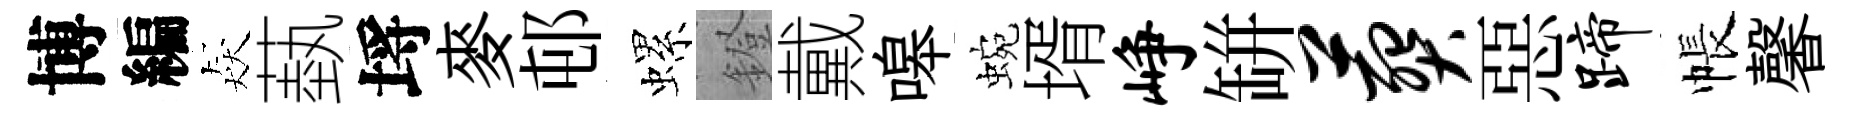
博編猋蓺埓麥邨螺鐙戴嗥蜿壻峥缾葬惡蹄帳馨